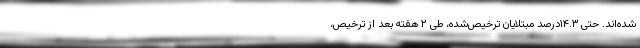
شده‌اند. حتی ۱۴.۳درصد مبتلایان ترخیص‌شده، طی ۲ هفته بعد از ترخیص،